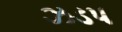
ઝડપ